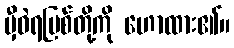
မှီဝဲရပြစ်တို့ကို ဟောထား၏။